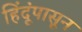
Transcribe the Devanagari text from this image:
हिंदूंपासून